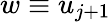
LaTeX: w\equiv u_{j+1}